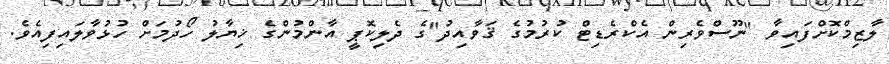
ލާޒިމްކޮށްފައިވާ "ނޫސްވެރިން އެކްރެޑިޓް ކުރުމުގެ ޤަވާއިދު"ގެ ދެލިކޮޕީ އާންމުންގެ ޚިޔާލު ހޯދުމަށް ހުޅުވާލައިފިއެވެ.